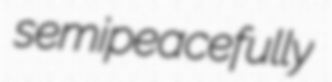
semipeacefully